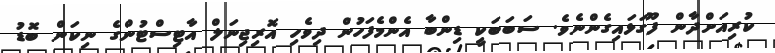
ކުރިއަށްދާން ފޫގަޅައިގެންނެވެ. ސަބަބަކީ ޑިންބާ އެންމެފަހުން ދިވެހި އޮރިޖިނަލް އާޓިސްޓުންގެ ނިކަން ބޮޑު